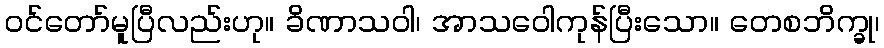
ဝင်တော်မူပြီလည်းဟု။ ခိဏာသဝါ၊ အာသဝေါကုန်ပြီးသော။ တေစဘိက္ခု၊